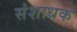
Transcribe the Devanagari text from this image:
संशाधक